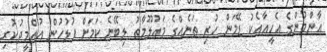
އާންމުންގެ އެހީއާއެކު ޑޭމަން ހުރި ތަނެއްގެ މަޢުލޫމާތު ލިބޭނެ ކަމަށް ފުލުހުން އުއްމީދުކުރި